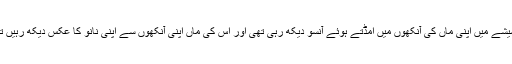
وہ شیشے میں اپنی ماں کی آنکھوں میں اُمڈتے ہوئے آنسو دیکھ رہی تھی اور اس کی ماں اپنی آنکھوں سے اپنی نانو کا عکس دیکھ رہیں تھیں۔